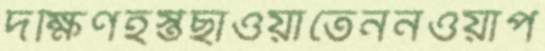
দক্ষিণহস্তছাওয়াতেননওয়াপ